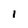
Character: 1